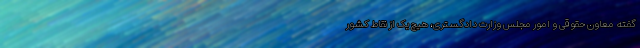
گفته معاون حقوقی و امور مجلس وزارت دادگستری، هیچ یک از نقاط کشور